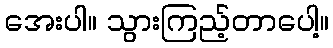
အေးပါ။ သွားကြည့်တာပေါ့။